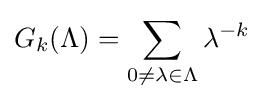
G_{k}(\Lambda )=\sum _{0\neq \lambda \in \Lambda }\lambda ^{-k}